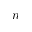
n